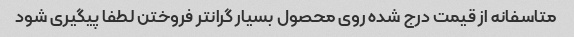
متاسفانه از قیمت درج شده روی محصول بسیار گرانتر فروختن لطفا پیگیری شود